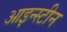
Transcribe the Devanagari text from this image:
आइन्‍स्‍टीन